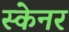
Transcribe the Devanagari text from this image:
स्‍केनर